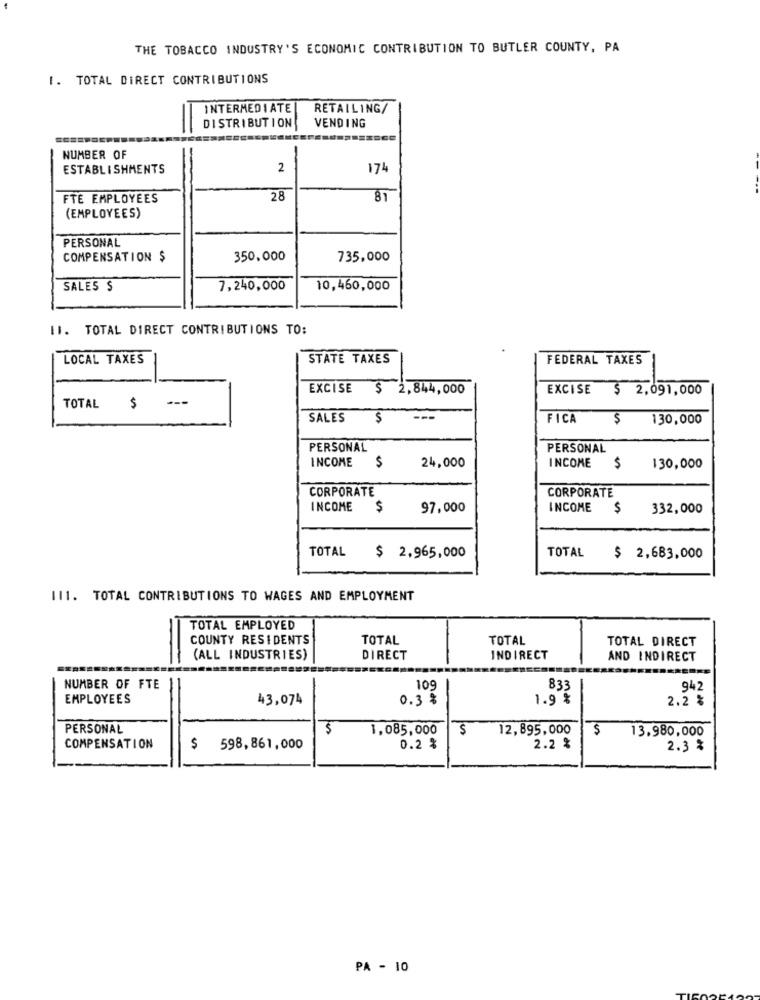
THE TOBACCO INDUSTRY'S ECONOMIC CONTRIBUTION TO BUTLER COUNTY, PA
I. TOTAL DIRECT CONTRIBUTIONS
INTERMEDIATE
RETAILING/
VENDING
DISTRIBUTION
=
NUMBER OF
ESTABLISHMENTS
2
174
FTE EMPLOYEES
28
81
(EMPLOYEES)
PERSONAL
COMPENSATION $
350.000
735,000
SALES $
7,240,000
10,460,000
II. TOTAL DIRECT CONTRIBUTIONS TO:
LOCAL TAXES
STATE TAXES
FEDERAL TAXES
EXCISE $ 2,844,000
EXCISE $ 2,091,000
TOTAL
$
SALES
$
FICA
130,000
PERSONAL
PERSONAL
INCOME
INCOME
24,000
$
130,000
CORPORATE
CORPORATE
INCOME
$
97,000
INCOME
$
332,000
TOTAL
TOTAL
$ 2,965,000
$ 2,683,000
111. TOTAL CONTRIBUTIONS TO WAGES AND EMPLOYMENT
TOTAL EMPLOYED
COUNTY RESIDENTS
TOTAL
TOTAL
TOTAL DIRECT
(ALL INDUSTRIES)
DIRECT
INDIRECT
AND INDIRECT
NUMBER OF FTE
109
833
942
EMPLOYEES
43,074
0.3 %
1.9 %
2.2 %
PERSONAL
$
1,085,000
12,895,000
$
13.980,000
COMPENSATION
$ 598,861,000
0.2 %
2.2 %
2.3 %
PA - 10